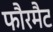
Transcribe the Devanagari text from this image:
फौरमैट